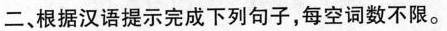
二、根据汉语提示完成下列句子,每空词数不限.。